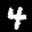
Label: 4